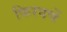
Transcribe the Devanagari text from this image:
फिरवणें